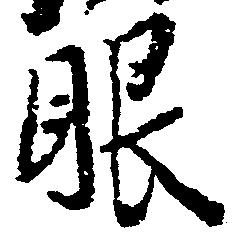
眼